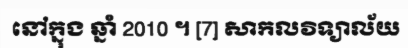
នៅក្នុង ឆ្នាំ 2010 ។ [7] សាកលវិទ្យាល័យ